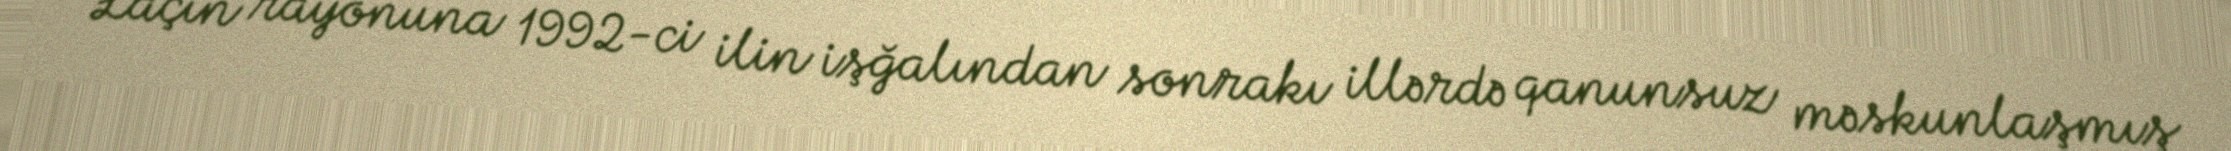
Laçın rayonuna 1992-ci ilin işğalından sonrakı illərdə qanunsuz məskunlaşmış